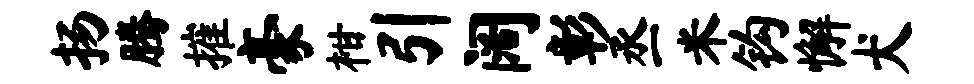
扬腾摧豪柑引阔彰丞米钩懈犬